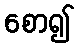
စော၍